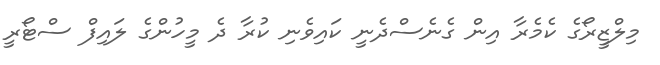
މިލްޒީރޯގެ ކެމެރާ އިން ގެނެސްދެނީ ކައިވެނި ކުރާ ދެ މީހުންގެ ލައިފް ސްޓޯރީ